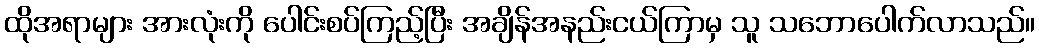
ထိုအရာများ အားလုံးကို ပေါင်းစပ်ကြည့်ပြီး အချိန်အနည်းငယ်ကြာမှ သူ သဘောပေါက်လာသည်။